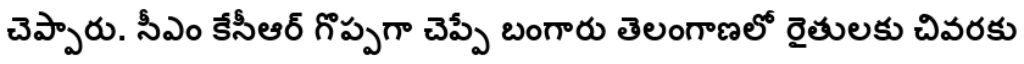
చెప్పారు. సీఎం కేసీఆర్ గొప్పగా చెప్పే బంగారు తెలంగాణలో రైతులకు చివరకు